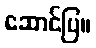
ဆောင်ပြ။